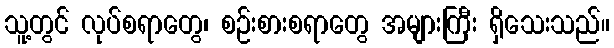
သူ့တွင် လုပ်စရာတွေ၊ စဉ်းစားစရာတွေ အများကြီး ရှိသေးသည်။